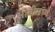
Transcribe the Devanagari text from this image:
ओवीमध्ये